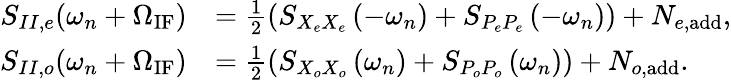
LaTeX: \begin{array}{rl}{S_{II,e}(\omega_{n}+\Omega_{\mathrm{IF}})}&{=\frac{1}{2}(S_{X_{e}X_{e}}\left(-\omega_{n}\right)+S_{{P_{e}P_{e}}}\left(-\omega_{n}\right))+N_{e,\mathrm{add}},}\\ {S_{II,o}(\omega_{n}+\Omega_{\mathrm{IF}})}&{=\frac{1}{2}(S_{X_{o}X_{o}}\left(\omega_{n}\right)+S_{{P_{o}P_{o}}}\left(\omega_{n}\right))+N_{o,\mathrm{add}}.}\end{array}